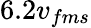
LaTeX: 6.2v_{fms}